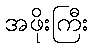
အဖိုးကြီး